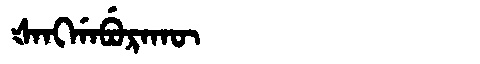
Manchu: ᡧᠠᠩᡤᠠᠪᡠᡵᠠᡴᡡ
Romanization: ŠANGGABURAKŪ